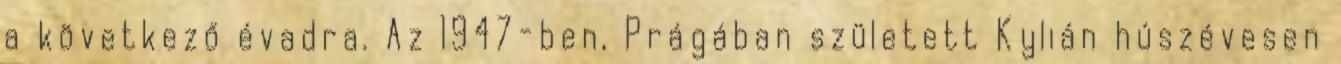
a következő évadra. Az 1947-ben, Prágában született Kylián húszévesen